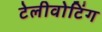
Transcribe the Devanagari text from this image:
टेलीवोटिंग